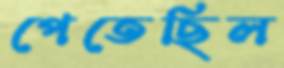
পেতেছিল